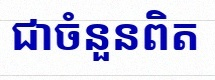
សន្មតថា x ជាចំនួនពិត